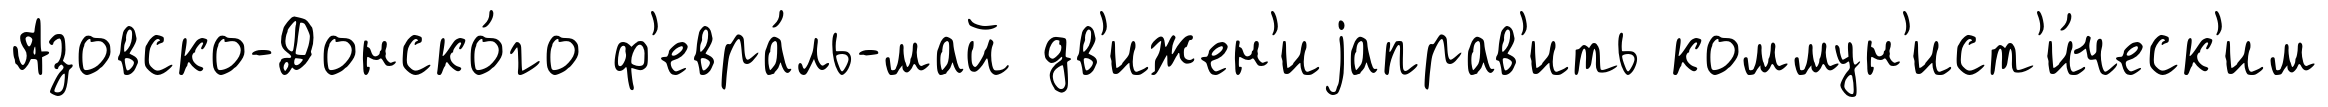
Азовско-Донско́го ф'евра́ль-май дв'ижен'иjаправ'ить коммун'ист'и́ческ'им